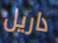
داريل